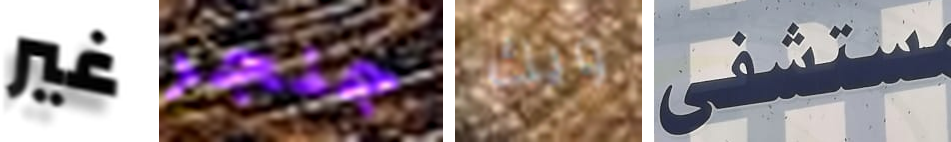
غير جنجر ويك مستشفى